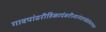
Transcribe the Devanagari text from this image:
गावपांढरीहिकादंबरीत्यानंतरखंडोबायात्रा